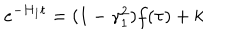
e ^ { - H _ { 1 } t } = ( 1 - \gamma _ { 1 } ^ { 2 } ) f ( \tau ) + k